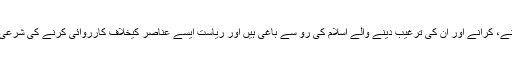
خود کش حملے کرنے، کرانے اور ان کی ترغیب دینے والے اسلام کی رو سے باغی ہیں اور ریاست ایسے عناصر کیخلاف کارروائی کرنے کی شرعی طور پر مجاز ہے۔